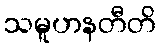
သမူဟနတီတိ